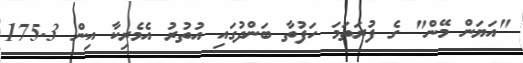
"އަޔަން މޭން" ގެ ފުރަތަމަ ހަފުތާ ބަންދުގައި އުތުރު އެމެރިކާ އިން 175.3